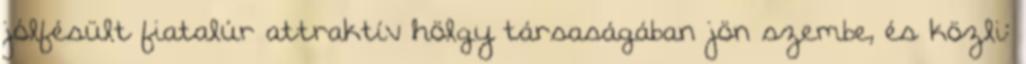
jólfésült fiatalúr attraktív hölgy társaságában jön szembe, és közli: